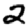
Digit: 2